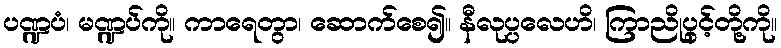
ပဏ္ဍပံ၊ မဏ္ဍပ်ကို။ ကာရေတွာ၊ ဆောက်စေ၍။ နီလုပ္ပလေဟိ၊ ကြာညိုပွင့်တို့ကို။